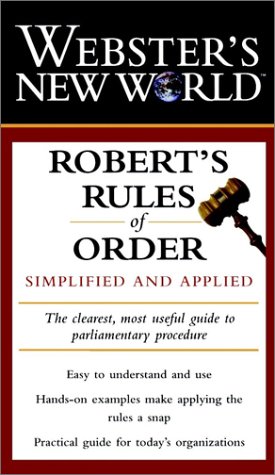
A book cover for Webster's New World Robert's Rules of Order: Simplified and Applied; Robert Connell Productions; Reference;